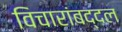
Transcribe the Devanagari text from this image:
विचारांबद्दल